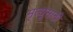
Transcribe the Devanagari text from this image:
मृत्यूसाठी